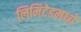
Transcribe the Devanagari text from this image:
लिमिटेडमध्ये